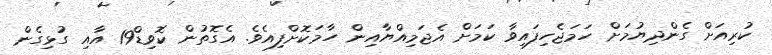
ކުރިއަށް ގެންދިޔުމަށް ހަމަޖެހިފައިވާ ކަމަށް އެޖަމިއްޔާއިން ހާމަކޮށްފިއެވެ. އެގޮތުން ކޮވިޑް19 އާއި ގުޅިގެން